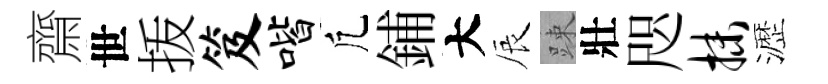
齋世㧞笈喈凢鋪大辰踈壯咫抹瀝